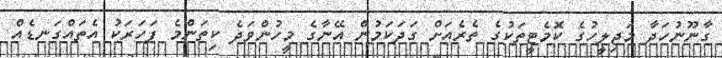
ގާނޫނުހަދާ މަޖިލީހުގެ ކޮމެޓީތަކުގެ ތެރެއަށް ގަދަކަމުން އޭނާގެ މީހުންވަދެ ކިތަންމެ ފަހަރަކު އެތައްގަނޑެއް